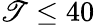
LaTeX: \mathscr{T}\le40